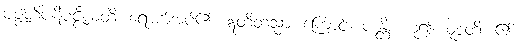
ပဇ္ဇတိပဋိပဇ္ဇီယတိ၊ ရောက်အပ်၏။ ဣတိတသ္မာ၊ ကြောင့်။ ပဒန္တိ၊ ဟူ၍။ ဝုစ္စတိ၊ ၏။